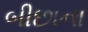
બીછાના